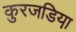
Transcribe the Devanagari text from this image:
कुरजडिया़